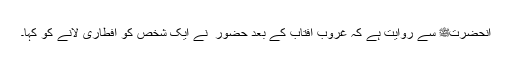
آنحضرتﷺ سے روایت ہے کہ غروب آفتاب کے بعد حضور ؐ نے ایک شخص کو افطاری لانے کو کہا۔